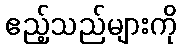
ဧည့်သည်များကို